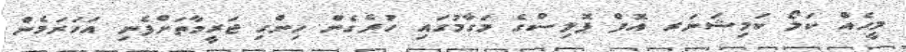
މީހެއް ކަލޯ ކަމިޝަނަރ އޮފް ޕޮލިސްގެ މަގާމުގައި ހުރެގެން ހިންގި ޖަރީމާތަށްފެނި އަހަރަމެން